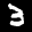
Label: 3